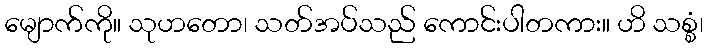
မျောက်ကို။ သုဟတော၊ သတ်အပ်သည် ကောင်းပါတကား။ ဟိ သစ္စံ၊